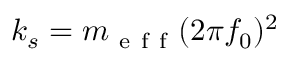
k _ { s } = m _ { \mathrm { ~ e ~ f ~ f ~ } } ( 2 \pi f _ { 0 } ) ^ { 2 }